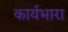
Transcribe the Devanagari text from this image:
कार्यभारा